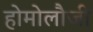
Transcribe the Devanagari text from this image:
होमोलौजी